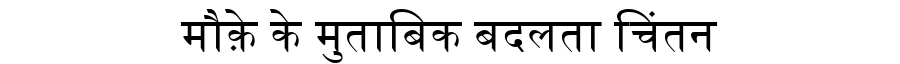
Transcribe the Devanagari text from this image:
मौक़े के मुताबिक बदलता चिंतन